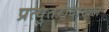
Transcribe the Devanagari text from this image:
प्रत्युतरादाखल